Calcutta medical institutions reports 1871-78
Year: 1871
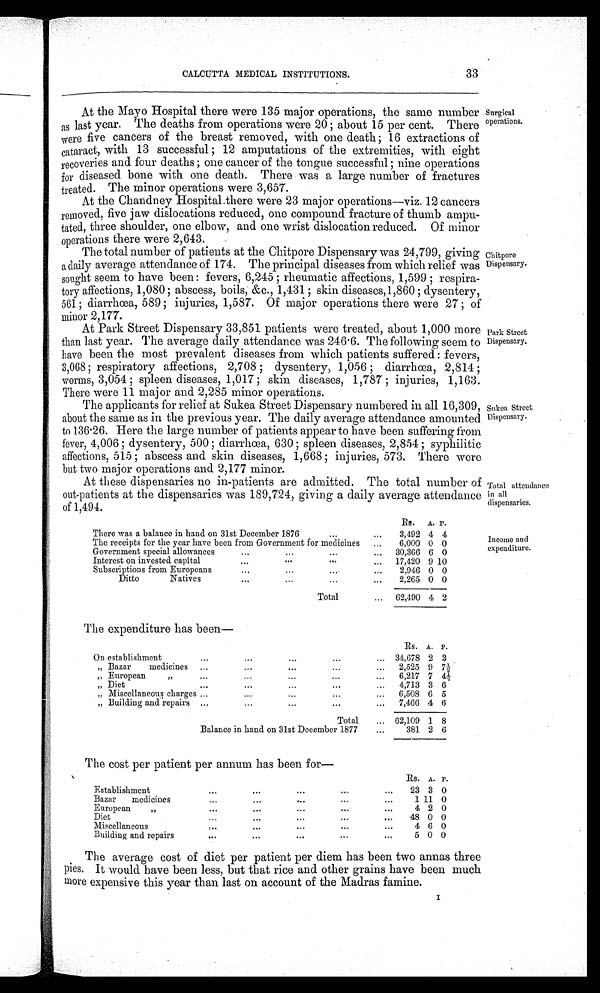
CALCUTTA MEDICAL INSTITUTIONS.
33
At the Mayo Hospital there were 135 major operations, the same number
as last year. The deaths from operations were 20 ; about 15 per cent. There
were five cancers of the breast removed, with one death ; 16 extractions of
cataract, with 13 successful. ; 12 amputations of the extremities, with eight
recoveries and four deaths ; one cancer of the tongue successful ; nine operations
for diseased bone with one death. There was a large number of fractures
treated. The minor operations were 3,657.
At the Chandney Hospital there were 23 major operations-viz. 12 cancers
removed, five jaw dislocations reduced, one compound fracture of thumb ampu-
tated, three shoulder, one elbow, and one wrist dislocation reduced. Of minor
operations there were 2,643.
The total number of patients at the Chitpore Dispensary was 24,799, giving
a daily average attendance of 174. The principal diseases from which relief was
sought seem to have been : fevers, 6,245 ; rheumatic affections, 1,599 ; respira-
tory affections, 1,080 ; abscess, boils, &c., 1,431 ; skin diseases,1,860 ; dysentery,
561; diarrhoea, 589 ; injuries, 1,587. Of major operations there were 27 ; of
minor 2,177.
At Park Street Dispensary 33,851 patients were treated, about 1,000 more
than last year. The average daily attendance was 246 . 6. The following seem to
have been the most prevalent diseases from which patients suffered : fevers,
3,068 ; respiratory affections, 2,708 ; dysentery, 1,056 ; diarrhoea, 2,814 ;
worms, 3,054 ; spleen diseases, 1,017; skin diseases, 1,787 ; injuries, 1,163.
There were 11 major and 2,285 minor operations.
The applicants for relief at Sukea Street Dispensary numbered in all 16,309,
about the same as in the previous year. The daily average attendance amounted
to 136 .26. Here the large number of patients appear to have been suffering from
fever, 4,006 ; dysentery, 500 ; diarrhoea, 630 ; spleen diseases, 2,854 ; syphilitic
affections, 515 ; abscess and skin diseases, 1,668 ; injuries, 573. There were
but two major operations and 2,177 minor.
At these dispensaries no in-patients are admitted. The total number of
out-patients at the dispensaries was 189,724, giving a daily average attendance
of 1,494.
R s .
A. P.
There was a balance in hand on 31st December 1876
...
...
3,492 4 4
The receipts for the year have been from Government for medicines
...
6,000 0 0
Government special allowances
...
...
...
...
30,366 6 0
Interest on invested capital
...
.
. . .
...
17,420 9 10
...
Subscriptions from Europeans
...
....
...
2,946 0 0
Ditto
Natives
...
...
...
„.
2,265 0 0
Total
...
62,490 4 2
The expenditure has been-
Rs. A. P.
On establishment
...
...
...
...
... 34,678 2 3
.
„ Bazar
medicines
...
...
...
... .
...
2,525 9 71/2
„ European
„... ...
...
...
6,217 7 41/2
„ Diet...
...
...
...
4,713 3 6
„ Miscellaneous charges ...
...
...
...
6,508 6 5
„ Building and repairs ...
...
...
...
...
7,466 4 6
Total
... 62,109 1 8
Balance in hand on 31st December 1877
...
381 2 6
The cost per patient per annum has been
for—
Rs. A. P.
Establishment
...
...
...
...
...
23 3 0
Bazar
medicines
...
‘,..
...
1 11 0
...
. . .
European
. . .
,,
...
...
...
...
4 2 0
Diet
. . .
...
...
...
48 0 0
Miscellaneous
. . .
...
...
4 6 0
...
. . .
Building and repairs
"'
...
...
5 0 0
"'
The average cost of diet per patient per diem has been two annas three
pies . It would have been less, but that rice and other grains have been much
more expensive this year than last on account of the Madras famine.
Surgical
operations.
Chitpore
Dispensary.
Park Street
Dispensary.
Sukea Street
Dispensary.
Total attendance
in all
dispensaries.
Income and
expenditure.